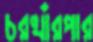
চরখাঁরপার